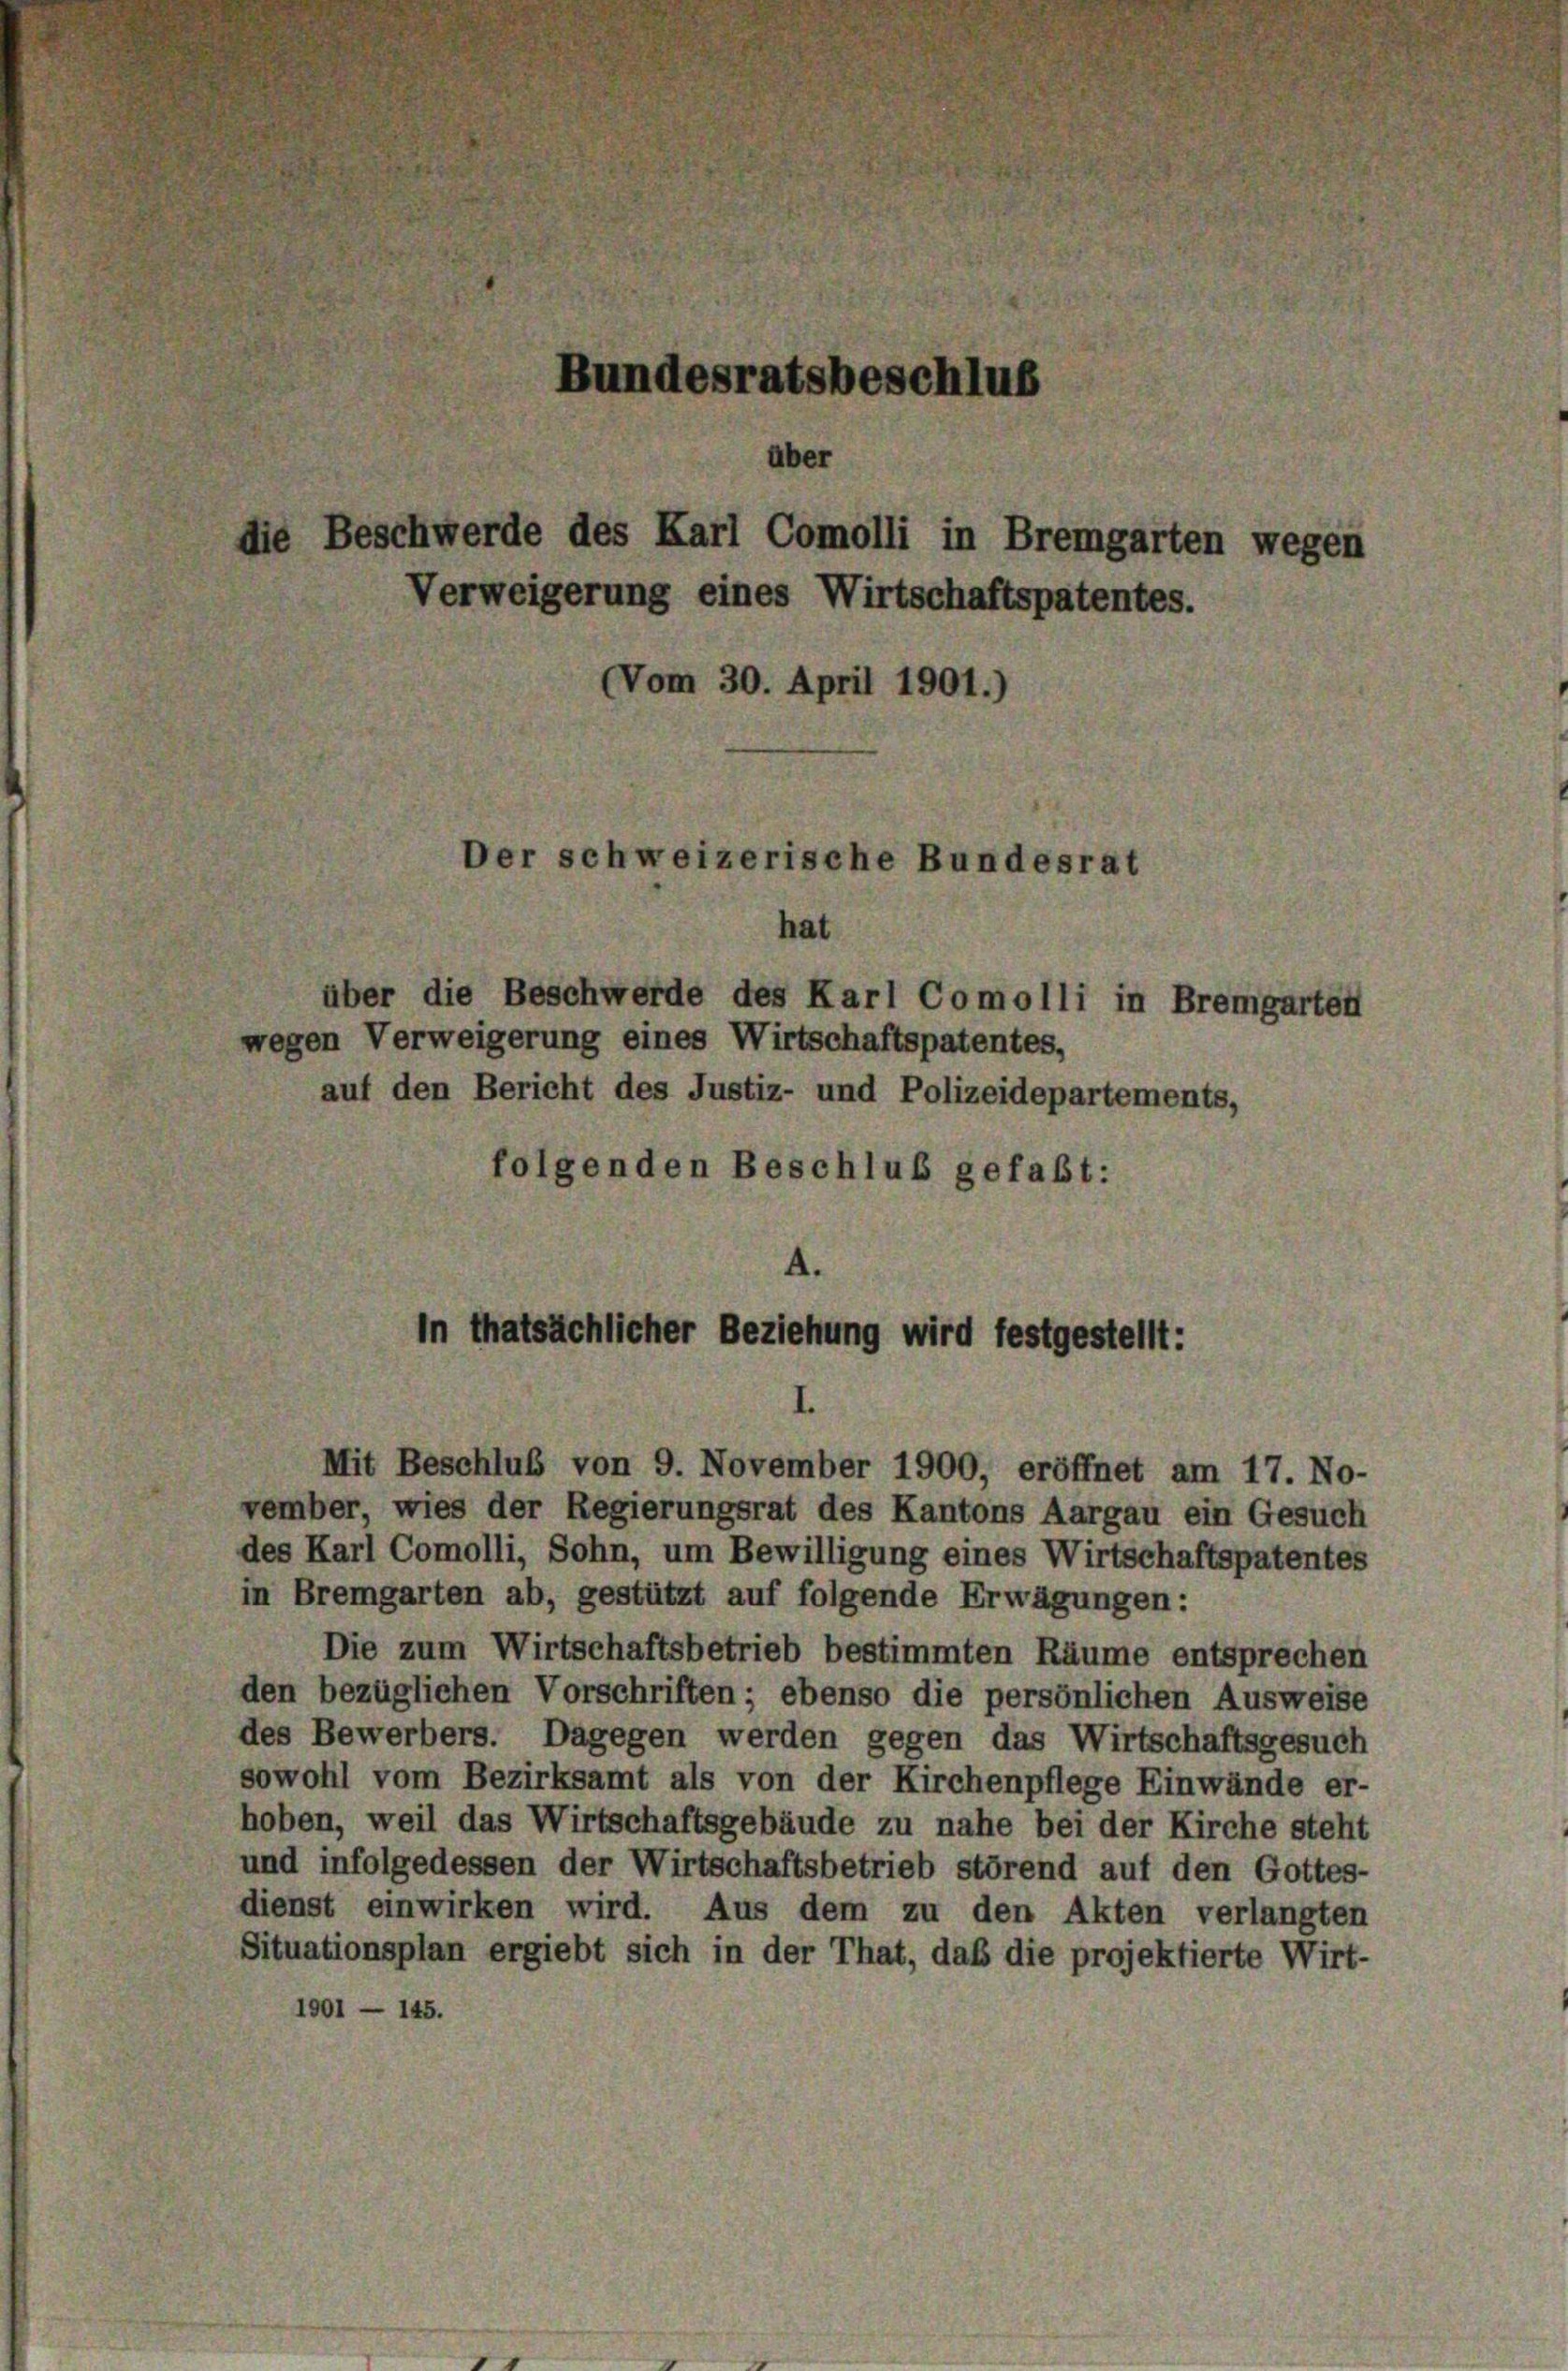
Bundesratsbeschlus
über
lie Beschwerde des Karl Comolli in Bremgarten wegen
Verweigerung eines Wirtschaftspatentes.
(Vom 30. April 1901.)

Der schweizerische Bundesrat

hat

über die Beschwerde des Karl Comolli in Bremgarten
wegen Verweigerung eines Wirtschaftspatentes,
auf den Bericht des Justiz- und Polizeidepartements,
folgenden Beschluß gefaßt:

In thatsächlicher Beziehung wird festgestellt:

n

Mit Beschluß von 9. November 1900, eröffnet am 17. No-
vember, wies der Regierungsrat des Kantons Aargau ein Gesuch
des Karl Comolli, Sohn, um Bewilligung eines Wirtschaftspatentes
in Bremgarten ab, gestützt auf folgende Erwägungen:
Die zum Wirtschaftsbetrieb bestimmten Räume entsprechen
den bezüglichen Vorschriften; ebenso die persönlichen Ausweise
des Bewerbers. Dagegen werden gegen das Wirtschaftsgesuch
sowohl vom Bezirksamt als von der Kirchenpflege Einwände er-
hoben, weil das Wirtschaftsgebäude zu nahe bei der Kirche steht
und infolgedessen der Wirtschaftsbetrieb störend auf den Gottes-
dienst einwirken wird. Aus dem zu den Akten verlangten
Situationsplan ergiebt sich in der That, daß die projektierte Wirt-
1901 — 145.